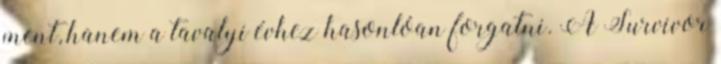
ment, hanem a tavalyi évhez hasonlóan forgatni. A Survivor